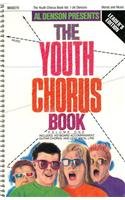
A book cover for Youth Chorus Book, Volume 1; Al Denson; Teen & Young Adult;